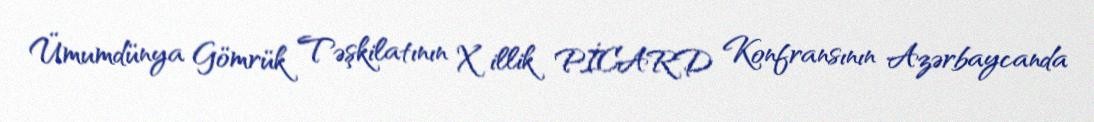
Ümumdünya Gömrük Təşkilatının X illik PİCARD Konfransının Azərbaycanda